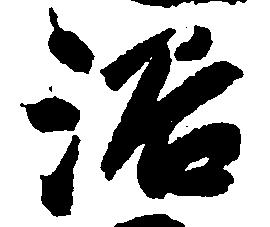
浴